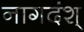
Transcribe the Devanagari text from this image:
नागदंश्